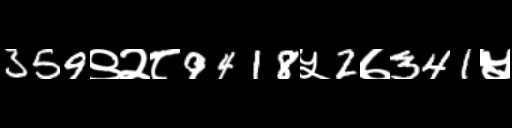
Text: 359९२८9418५2७341५